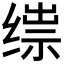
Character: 𬘼